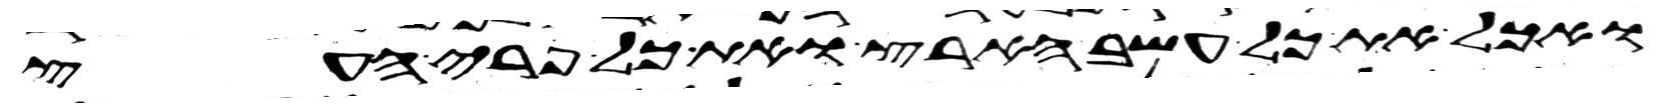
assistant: ואכל את כל עשב הארץ ואת כל פרי העץ